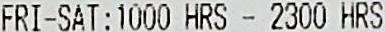
FRI-SAT:1000 HRS - 2300 HRS